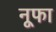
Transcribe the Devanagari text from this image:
नूफा